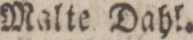
Malte Dahl.